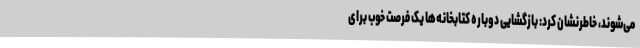
می‌شوند، خاطرنشان کرد: بازگشایی دوباره کتابخانه‌ها یک فرصت خوب برای